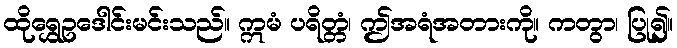
ထိုရွှေဥဒေါင်းမင်းသည်။ ဣမံ ပရိတ္တံ၊ ဤအရံအတားကို။ ကတွာ၊ ပြု၍။